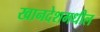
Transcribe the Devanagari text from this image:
खानदेशमधील